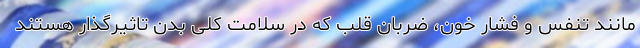
مانند تنفس و فشار خون، ضربان قلب که در سلامت کلی بدن تاثیرگذار هستند